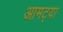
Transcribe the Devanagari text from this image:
आमट्या